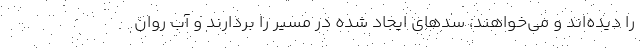
را دیده‌اند و می‌خواهند، سدهای ایجاد شده در مسیر را بردارند و آب روان